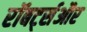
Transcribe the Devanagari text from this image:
रॉबर्ट्सऔर